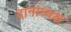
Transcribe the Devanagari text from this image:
दानाध्यक्ष